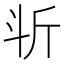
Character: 𣁰